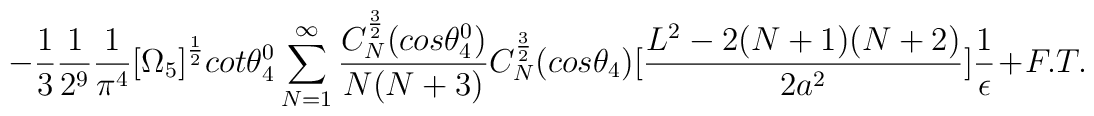
-\frac{1}{3}\frac{1}{2^{9}}\frac{1}{\pi^4}\big{[}\Omega_5\big{]}^{\frac{1}{2}}cot{\theta_4^0}\sum_{N=1}^{\infty}\frac{C_N^{\frac{3}{2}}(cos{\theta_4^0})}{N(N + 3)}C_N^{\frac{3}{2}}(cos{\theta_4})\big{[}\frac{L^2 - 2(N + 1)(N + 2)}{2a^{2}}\big{]}\frac{1}{\epsilon} + F. T.